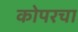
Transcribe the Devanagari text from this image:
कोपरचा